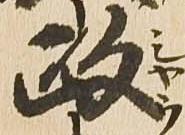
政